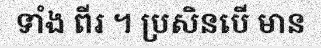
ទាំង ពីរ ។ ប្រសិនបើ មាន